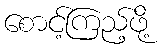
စောင့်ကြည့်ဖို့